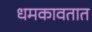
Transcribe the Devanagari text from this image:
धमकावतात